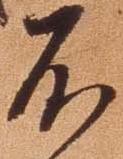
不